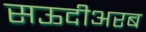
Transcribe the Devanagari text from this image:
सऊदीअरब